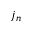
j _ { n }